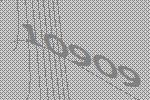
10909